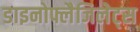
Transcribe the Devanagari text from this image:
डाइनोफ्लैजिलेट्स